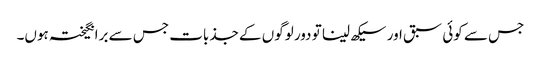
جس سے کوئی سبق اور سیکھ لینا تو دور لوگوں کے جذبات جس سے برانگیختہ ہوں۔